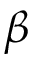
\beta